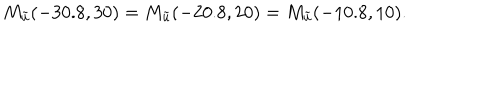
LaTeX: M _ { \tilde { u } } ( - 3 0 . 8 , 3 0 ) = M _ { \tilde { u } } ( - 2 0 . 8 , 2 0 ) = M _ { \tilde { u } } ( - 1 0 . 8 , 1 0 ) .